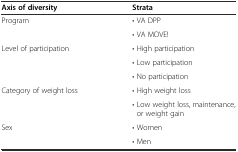
<table><thead><tr><td><b>Axis of diversity</b></td><td><b>Strata</b></td></tr></thead><tbody><tr><td rowspan="2">Program</td><td>• VA DPP</td></tr><tr><td>• VA MOVE!</td></tr><tr><td rowspan="3">Level of participation</td><td>• High participation</td></tr><tr><td>• Low participation</td></tr><tr><td>• No participation</td></tr><tr><td rowspan="2">Category of weight loss</td><td>• High weight loss</td></tr><tr><td>• Low weight loss, maintenance, or weight gain</td></tr><tr><td rowspan="2">Sex</td><td>• Women</td></tr><tr><td>• Men</td></tr></tbody></table>